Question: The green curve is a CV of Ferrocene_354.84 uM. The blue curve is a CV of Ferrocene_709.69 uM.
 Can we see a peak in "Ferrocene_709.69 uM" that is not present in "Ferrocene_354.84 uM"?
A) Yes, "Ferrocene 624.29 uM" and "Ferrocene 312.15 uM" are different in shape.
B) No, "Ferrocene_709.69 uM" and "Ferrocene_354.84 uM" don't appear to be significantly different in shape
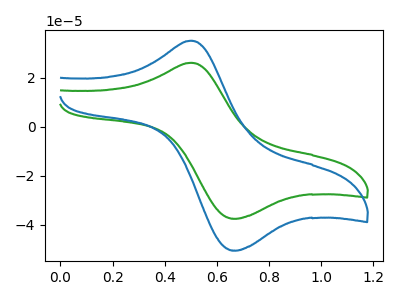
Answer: <think>The green curve "Ferrocene_354.84 uM" has an anodic peak at (0.50V, 26.10uA) and a cathodic peak at (0.70V, -37.55uA). The blue curve "Ferrocene_709.69 uM" has an anodic peak at (0.50V, 35.10uA) and a cathodic peak at (0.70V, -50.55uA).
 All the peaks in "Ferrocene_709.69 uM" have a peak in "Ferrocene_354.84 uM" at the same potential. Every peak in "Ferrocene_709.69 uM" is higher than every peak in "Ferrocene_354.84 uM".</think>
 <answer>B) No, "Ferrocene_709.69 uM" and "Ferrocene_354.84 uM" don't appear to be significantly different in shape</answer>
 <eval>B</eval>